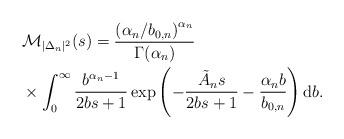
LaTeX: \begin{align*}& \mathcal{M}_{|\Delta_n|^2}(s) = \frac{\left({\alpha_n}/{b_{0,n}}\right)^{\alpha_n}}{\Gamma(\alpha_n)} \\& \times \int_0^{\infty}\frac{b^{\alpha_n-1}}{2bs+1}\exp\left(-\frac{\tilde{A}_ns}{2bs+1}-\frac{\alpha_n b}{b_{0,n}}\right)\mathrm{d}b.\end{align*}